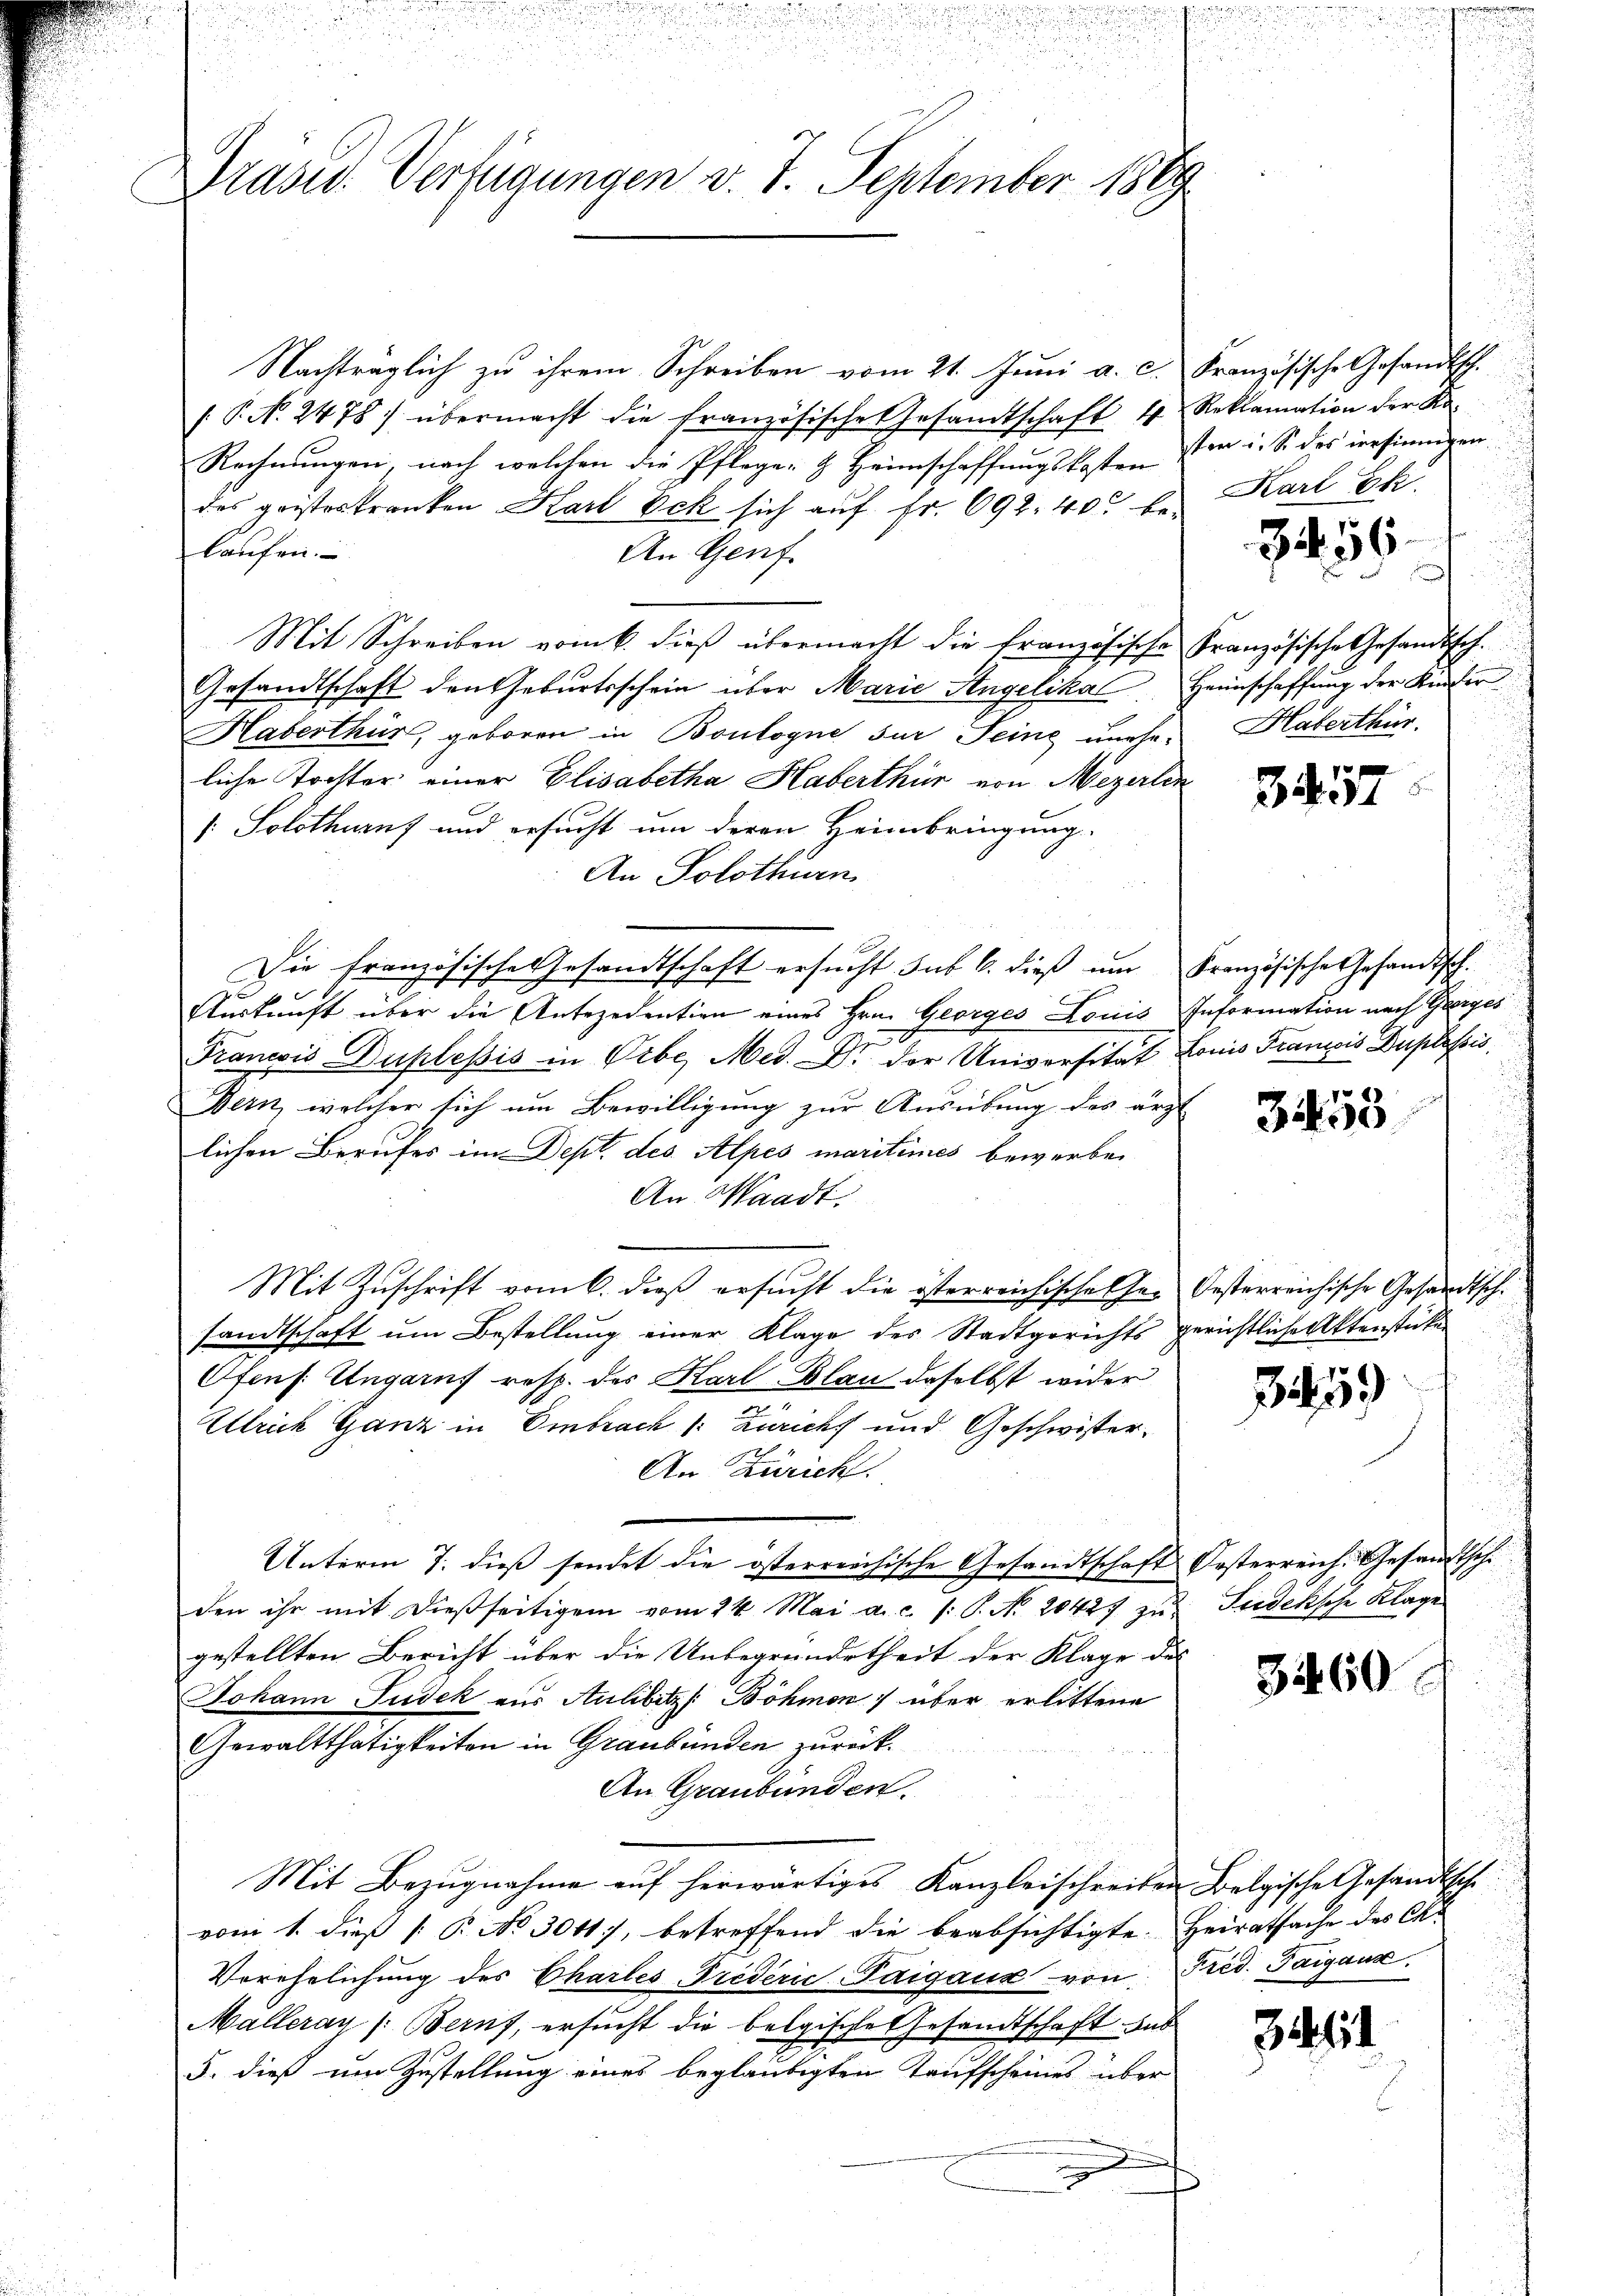
Präses Verfügungen v. J. September 1889.
e

Nachträglich zu ihrem Schreiben vom 21. Juni a. c. Französische Gesandtsch
/. P. N. 2478) übermacht die französische Gesamtschaft 4 Reklamation der Ka-
Rechnungen, nach welchen die Pfleger & Heimschaffungskosten sei. S. das versinnigen.
des geisteskranken Karl Eck sich auf Fr. 692. 40 be-
laufen.
An Genf
Mit Schreiben vom 6. dieß übermacht die französische Französische Gesandtsch.
Gesandtschaft den Geburtsschein über Marie Angelika Heimschaffung der Kinder
Haberthur, geboren in Boulogne sur Seine uneheliche Tochter einer Elisabetha Haberthur von Mezerlin
1: Solothurn und ersucht um deren Heimbringung.
An Solothurn
Die französische Gesandtschaft ersucht. sub 6. dieß um Französische Gesandtsch.
Auskunft über die Antezedention eines Hrn. Georges Louis Information nach Geerges
Franevis Duplesis in Vibe, Med. Dr. der Universität Louis Francis Duplassis
Bern, welcher sich um Bewilligung zur Ausübung des arzt
lichen Berufes im Dept. des Alpes maritimes bewerben
An Waadt.
Mit Zuschrift vom 6. dieß ersucht die österreichischel her Oesterreichische Gesandtsch
sandtschaft um Bestellung einer Klage des Stadtgerichts gerichtliche Aktenstücke
Ofens. Ungaruf resp. des Karl-Blau daselbst wider
Ulrich Ganz in Embrach /: Züricht und Geschwister¬
An Zürich.
Unterm 7. dieß sendet die österreichische Gesandtschaft Oesterreich. Gesandtschi
den ihr mit dießseitigem vom 24. Mai a.c. (: P. No. 20427 zu Siedeksche Klage
gestellten Bericht über die Unbegründetheit der Klage des
Johann udek aus Aulibitz /: Böhmen über erlittene
Gewaltthätigkeiten in Graubünden zurück¬
An Graubünden.
Mit Bezugnahme auf herwärtiges Kanzleischreiben Belgische Gesandtsche
vom 1. dieß [ P. No 30117, betreffend die beabsichtigte Heiratsache des Co
Verehelichung des Charles-Triderie-Paigaux von Pred. Taigaux.
Malleray (Beruf, ersucht die belgische Gesandtschaft aus
5. dieß um Zustellung eines beglaubigten Taufscheines über

Karl Ek

356

Haberthur.

3457

3455

35

3460

3461